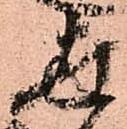
世